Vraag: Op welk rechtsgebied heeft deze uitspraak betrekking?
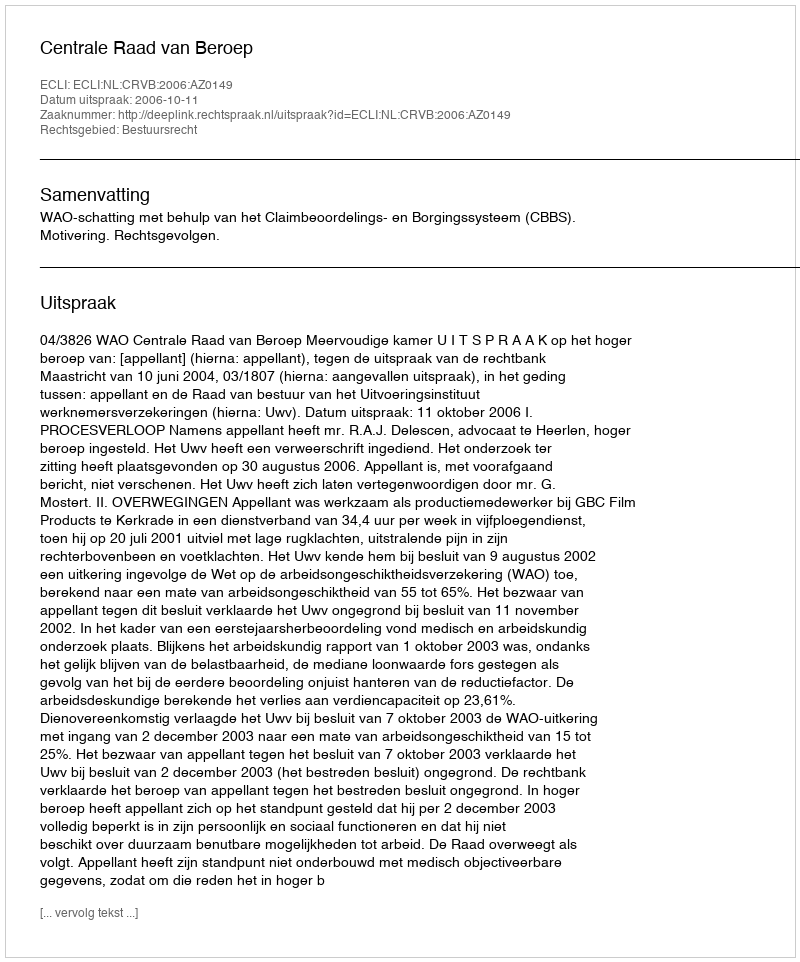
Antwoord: Bestuursrecht